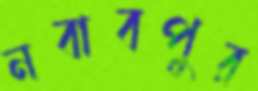
নবাবপুর